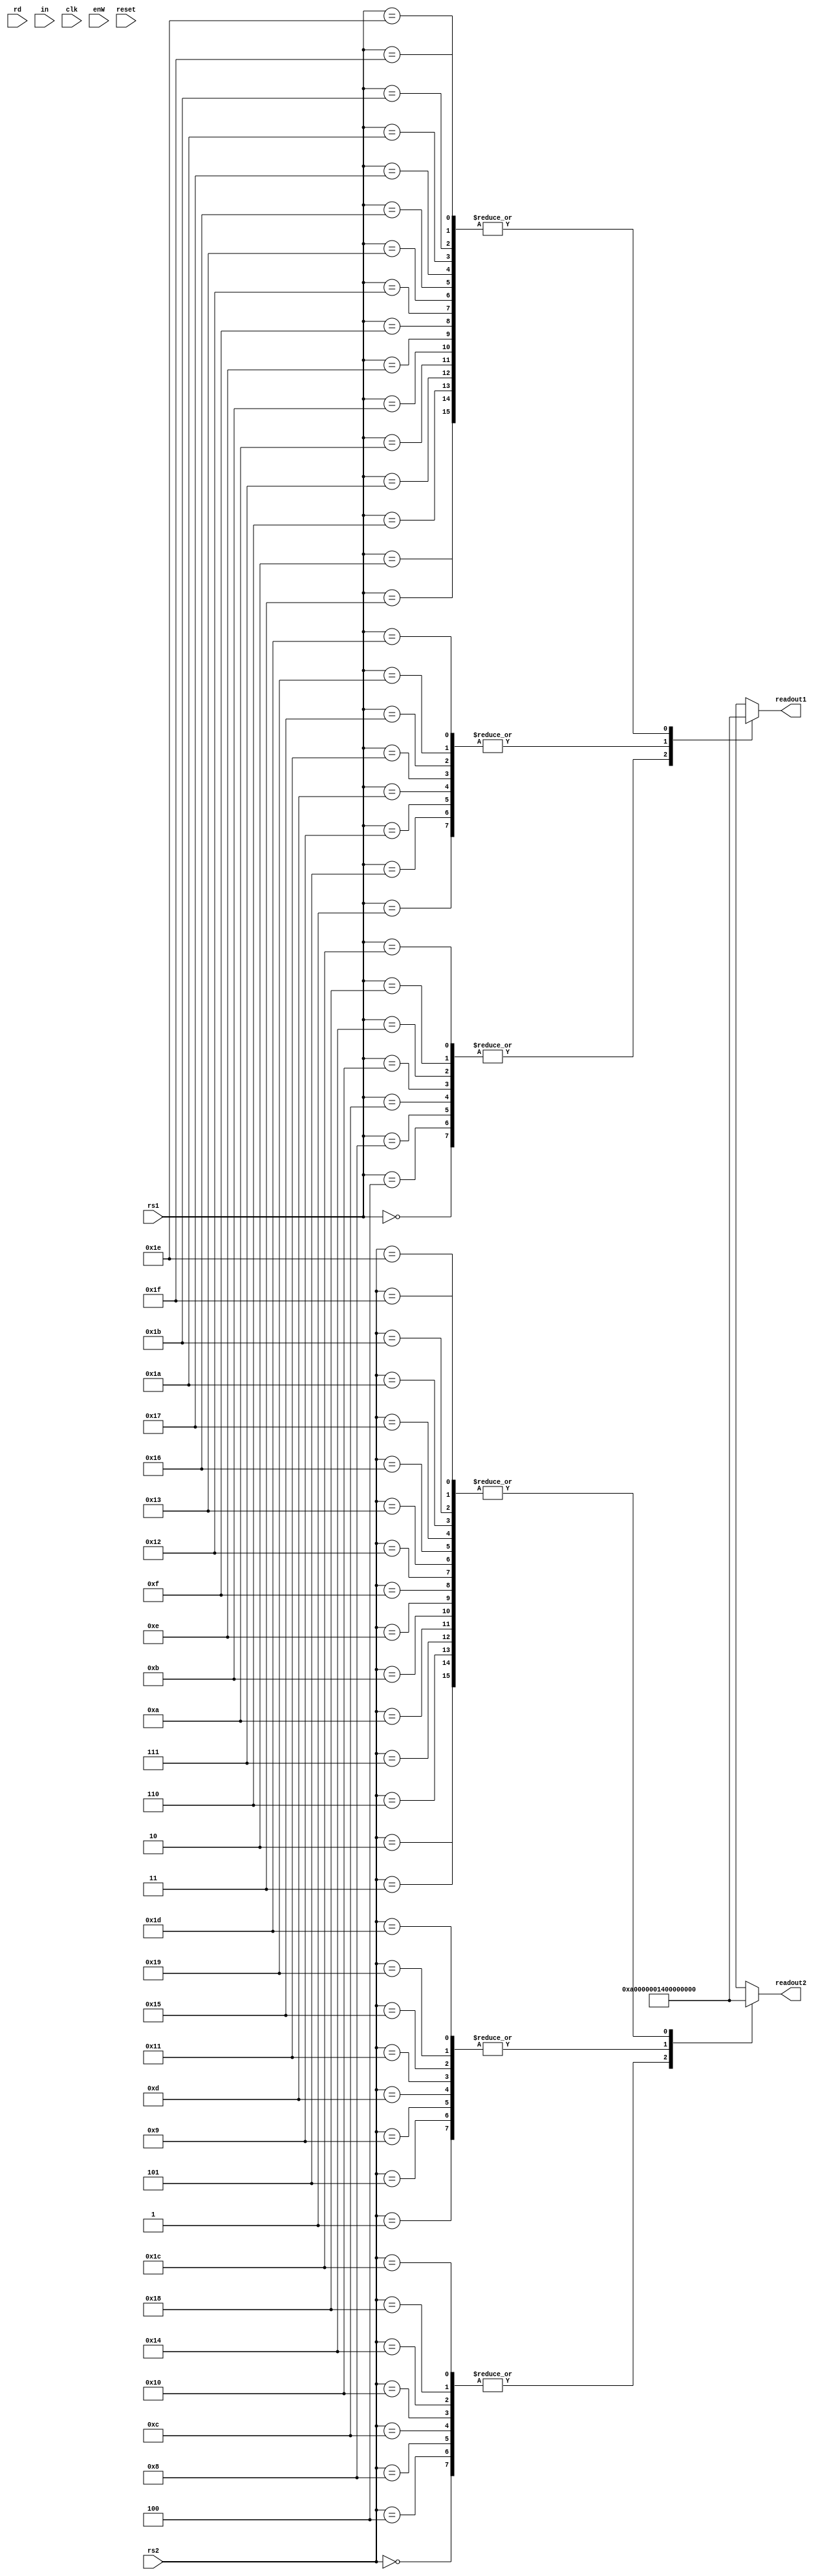
module regr_file (readout1,readout2,rs1,rs2,rd,in,clk,enW,reset);
  output reg [31:0] readout1,readout2;
  input [4:0] rs1,rs2;
  input [4:0] rd;
  input clk,enW,reset;
  input [31:0] in;
  reg [31:0] RegMemory [31:0];
always @(!reset)
begin
    RegMemory[0] =10; RegMemory[1] =20;  RegMemory[2] = 30; RegMemory[3] = 30;
    RegMemory[4] =10; RegMemory[5] =20;  RegMemory[6] = 30; RegMemory[7] = 30;
    RegMemory[8] =10; RegMemory[9] =20;  RegMemory[10] = 30; RegMemory[11] = 30;
    RegMemory[12] =10; RegMemory[13] =20;  RegMemory[14] = 30; RegMemory[15] = 30;
    RegMemory[16] =10; RegMemory[17] =20;  RegMemory[18] = 30; RegMemory[19] = 30;
    RegMemory[20] =10; RegMemory[21] =20;  RegMemory[22] = 30; RegMemory[23] = 30;
    RegMemory[24] =10; RegMemory[25] =20;  RegMemory[26] = 30; RegMemory[27] = 30;
    RegMemory[28] =10; RegMemory[29] =20;  RegMemory[30] = 30; RegMemory[31] = 30;
    
end
always @(*)
begin 
    readout1 = RegMemory[rs1]; readout2 = RegMemory[rs2];
end
always @(posedge clk)  
begin
    if (enW)
        RegMemory[rd] = in;  
end
endmodule